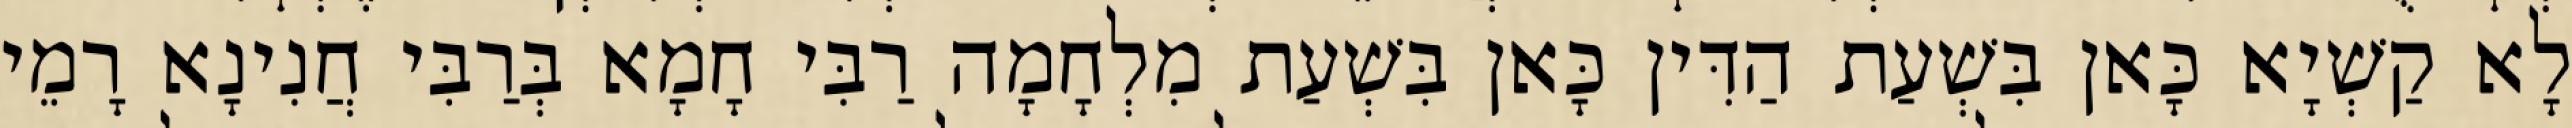
לָא קַשְׁיָא כָּאן בִּשְׁעַת הַדִּין כָּאן בִּשְׁעַת מִלְחָמָה רַבִּי חָמָא בְּרַבִּי חֲנִינָא רָמֵי